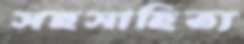
সহসাহিত্য